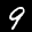
Label: 9